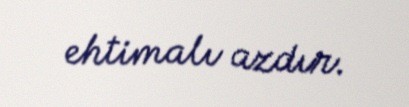
ehtimalı azdır.